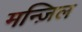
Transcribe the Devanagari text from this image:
मन्ज़िल